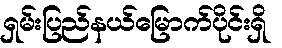
ရှမ်းပြည်နယ်မြောက်ပိုင်းရှိ